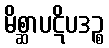
မိစ္ဆာပဋိပဒဉ္စ